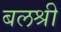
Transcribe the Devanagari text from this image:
बलश्री